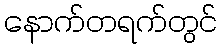
နောက်တရက်တွင်